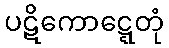
ပဋိကောဋ္ဋေတုံ